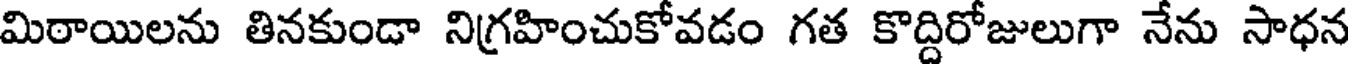
మిఠాయిలను తినకుండా నిగ్రహించుకోవడం గత కొద్దిరోజులుగా నేను సాధన